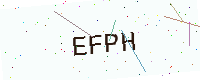
Text: EFPH